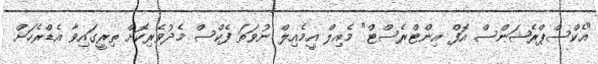
"އެކްސްޕްރެޝަންސް އޮފް އިންޓްރެސްޓް" މެއިލް އީމެއިލް ނުވަތަ ފެކްސް މެދުވެރިކޮށް ތިރީގައިވާ އެޑްރެހަށް